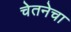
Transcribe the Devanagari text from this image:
चेतनेचा